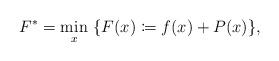
LaTeX: \begin{align*}F^*=\min_{x} \ \{F(x)\coloneqq f(x)+ P(x)\}, \end{align*}